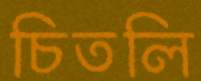
চিতলি